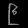
Digit: ၉